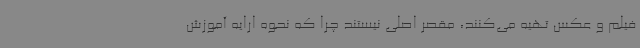
فیلم و عکس تهیه می‌کنند، مقصر اصلی نیستند چرا که نحوه ارایه آموزش